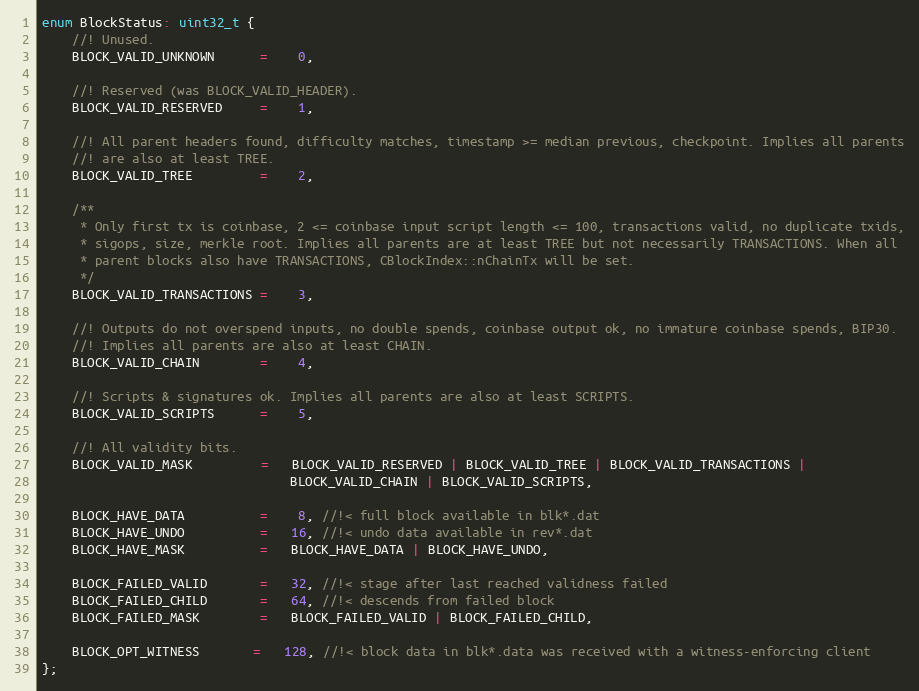
Language: C
enum BlockStatus: uint32_t {
    //! Unused.
    BLOCK_VALID_UNKNOWN      =    0,

    //! Reserved (was BLOCK_VALID_HEADER).
    BLOCK_VALID_RESERVED     =    1,

    //! All parent headers found, difficulty matches, timestamp >= median previous, checkpoint. Implies all parents
    //! are also at least TREE.
    BLOCK_VALID_TREE         =    2,

    /**
     * Only first tx is coinbase, 2 <= coinbase input script length <= 100, transactions valid, no duplicate txids,
     * sigops, size, merkle root. Implies all parents are at least TREE but not necessarily TRANSACTIONS. When all
     * parent blocks also have TRANSACTIONS, CBlockIndex::nChainTx will be set.
     */
    BLOCK_VALID_TRANSACTIONS =    3,

    //! Outputs do not overspend inputs, no double spends, coinbase output ok, no immature coinbase spends, BIP30.
    //! Implies all parents are also at least CHAIN.
    BLOCK_VALID_CHAIN        =    4,

    //! Scripts & signatures ok. Implies all parents are also at least SCRIPTS.
    BLOCK_VALID_SCRIPTS      =    5,

    //! All validity bits.
    BLOCK_VALID_MASK         =   BLOCK_VALID_RESERVED | BLOCK_VALID_TREE | BLOCK_VALID_TRANSACTIONS |
                                 BLOCK_VALID_CHAIN | BLOCK_VALID_SCRIPTS,

    BLOCK_HAVE_DATA          =    8, //!< full block available in blk*.dat
    BLOCK_HAVE_UNDO          =   16, //!< undo data available in rev*.dat
    BLOCK_HAVE_MASK          =   BLOCK_HAVE_DATA | BLOCK_HAVE_UNDO,

    BLOCK_FAILED_VALID       =   32, //!< stage after last reached validness failed
    BLOCK_FAILED_CHILD       =   64, //!< descends from failed block
    BLOCK_FAILED_MASK        =   BLOCK_FAILED_VALID | BLOCK_FAILED_CHILD,

    BLOCK_OPT_WITNESS       =   128, //!< block data in blk*.data was received with a witness-enforcing client
};